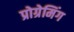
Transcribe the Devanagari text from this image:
प्रोग्रेमिंग